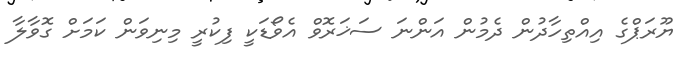
ޔޫރަޕްގެ އިއްތިހާދުން ދެމުން އަންނަ ސަޚަރޮވް އެވޯޑަކީ ފިކުރީ މިނިވަން ކަމަށް ގޮވާލާ